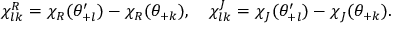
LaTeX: \chi _ { l k } ^ { R } = \chi _ { R } ( \theta _ { + l } ^ { \prime } ) - \chi _ { R } ( \theta _ { + k } ) , \quad \chi _ { l k } ^ { J } = \chi _ { J } ( \theta _ { + l } ^ { \prime } ) - \chi _ { J } ( \theta _ { + k } ) .